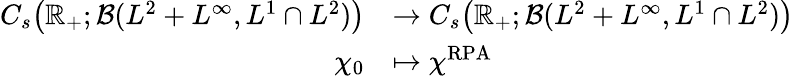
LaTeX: \begin{array}{rl}{C_{s}\bigr(\mathbb R_{+};\mathcal{B}(L^{2}+L^{\infty},L^{1}\cap L^{2})\bigr)}&{\to C_{s}\bigr(\mathbb R_{+};\mathcal{B}(L^{2}+L^{\infty},L^{1}\cap L^{2})\bigr)}\\ {\chi_{0}}&{\mapsto\chi^{\mathrm{RPA}}}\end{array}